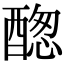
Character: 𨡮